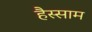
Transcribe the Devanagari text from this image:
हैस्साम